Vaccination report Assam 1874-1896 - 1874-1896
Year: 1874
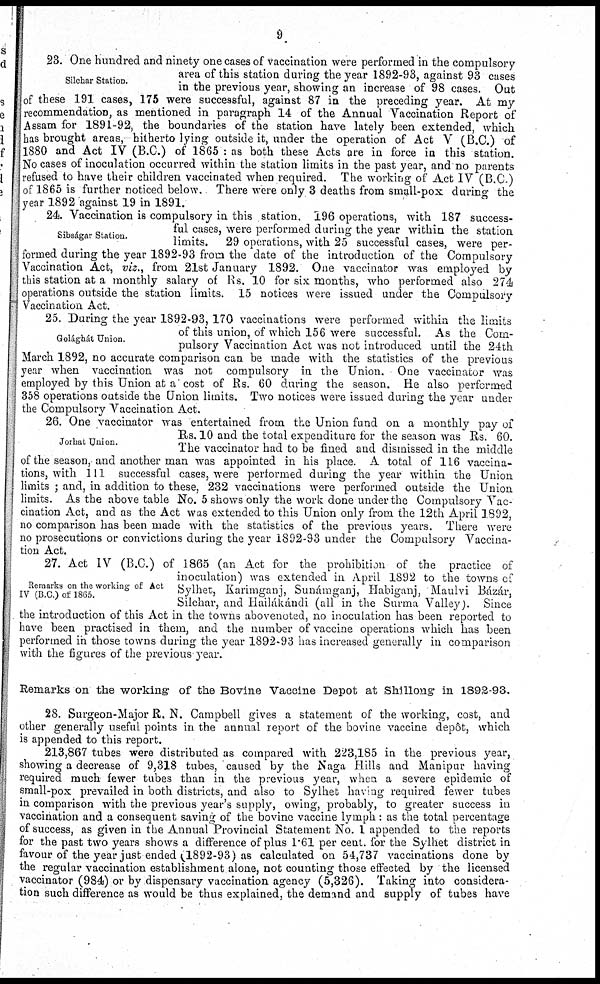
9
Silchar Station.
23. One hundred and ninety one cases of vaccination were performed in the compulsory
area of this station during the year 1892-93, against 93 cases
in the previous year, showing an increase of 98 cases. Out
of these 191 cases, 175 were successful, against 87 in the preceding year. At my
recommendation, as mentioned in paragraph 14 of the Annual Vaccination Report of
Assam for 1891-92, the boundaries of the station have lately been extended, which
has brought areas, hitherto lying outside it, under the operation of Act V (B.C.) of
1880 and Act IV (B.C.) of 1865 : as both these Acts are in force in this station.
No cases of inoculation occurred within the station limits in the past year, and no parents
refused to have their children vaccinated when required. The working of Act IV (B.C.)
of 1865 is further noticed below. There were only 3 deaths from small-pox during the
year 1892 against 19 in 1891.
Sibságar Station.
24. Vaccination is compulsory in this station. 196 operations, with 187 success-
ful cases, were performed during the year within the station
limits. 29 operations, with 25 successful cases, were per-
formed during the year 1892-93 from the date of the introduction of the Compulsory
Vaccination Act, viz., from 21st January 1892. One vaccinator was employed by
this station at a monthly salary of Rs. 10 for six months, who performed also 274
operations outside the station limits. 15 notices were issued under the Compulsory
Vaccination Act.
Golághát Union.
25. During the year 1892-93, 170 vaccinations were performed within the limits
of this union, of which 156 were successful. As the Com-
pulsory Vaccination Act was not introduced until the 24th
March 1892, no accurate comparison can be made with the statistics of the previous
year when vaccination was not compulsory in the Union. One vaccinator was
employed by this Union at a cost of Rs. 60 during the season. He also performed
358 operations outside the Union limits. Two notices were issued during the year under
the Compulsory Vaccination Act,
Jorhat Union.
26. One vaccinator was entertained from the Union fund on a monthly pay of
Rs. 10 and the total expenditure for the season was Rs. 60.
The vaccinator had to be fined and dismissed in the middle
of the season, and another man was appointed in his place. A total of 116 vaccina-
tions, with 111 successful cases, were performed during the year within the Union
limits ; and, in addition to these, 232 vaccinations were performed outside the Union
limits. As the above table No. 5 shows only the work done under the Compulsory Vac-
cination Act, and as the Act was extended to this Union only from the 12th April 1892,
no comparison has been made with the statistics of the previous years. There were
no prosecutions or convictions during the year 1892-93 under the Compulsory Vaccina-
tion Act.
Remarks on the working of Act
IV (B.C.) of 1865.
27. Act IV (B.C.) of 1865 (an Act for the prohibition of the practice of
inoculation) was extended in April 1892 to the towns of
Sylhet, Karimganj, Sunámganj, Habiganj, Maulvi Bázár,
Silchar, and Hailákándi (all in the Surma Valley). Since
the introduction of this Act in the towns abovenoted, no inoculation has been reported to
have been practised in them, and the number of vaccine operations which has been
performed in those towns during the year 1892-93 has increased generally in comparison
with the figures of the previous year.
Remarks on the working of the Bovine Vaccine Depot at Shillong in 1892-93.
28. Surgeon-Major R. N. Campbell gives a statement of the working, cost, and
other generally useful points in the annual report of the bovine vaccine depôt, which
is appended to this report.
213,867 tubes were distributed as compared with 223,185 in the previous year,
showing a decrease of 9,318 tubes, caused by the Naga Hills and Manipur having
required much fewer tubes than in the previous year, when a severe epidemic of
small-pox prevailed in both districts, and also to Sylhet having required fewer tubes
in comparison with the previous year's supply, owing, probably, to greater success in
vaccination and a consequent saving of the bovine vaccine lymph: as the total percentage
of success, as given in the Annual Provincial Statement No. 1 appended to the reports
for the past two years shows a difference of plus 1.61 per cent. for the Sylhet district in
favour of the year just ended (1892-93) as calculated on 54,737 vaccinations done by
the regular vaccination establishment alone, not counting those effected by the licensed
vaccinator (984) or by dispensary vaccination agency (5,326). Taking into considera-
tion such difference as would be thus explained, the demand and supply of tubes have